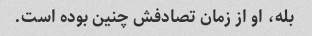
بله، او از زمان تصادفش چنین بوده است.